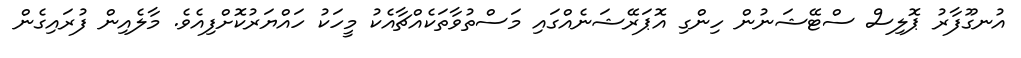
އުނގޫފާރު ޕޮލިސް ސްޓޭޝަނުން ހިންގި އޮޕަރޭޝަނެއްގައި މަސްތުވާތަކެއްޗާއެކު މީހަކު ހައްޔަރުކޮށްފިއެވެ. މާލެއިން ފުރައިގެން